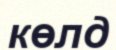
көлд